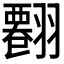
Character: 𦒘